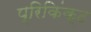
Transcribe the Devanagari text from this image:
प्रिकिंक्ट